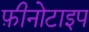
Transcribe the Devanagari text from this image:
फ़ीनोटाइप